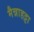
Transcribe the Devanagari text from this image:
मैन्नाहट्टा